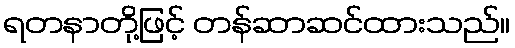
ရတနာတို့ဖြင့် တန်ဆာဆင်ထားသည်။